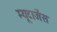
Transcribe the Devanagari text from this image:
म्यूटाजेंस